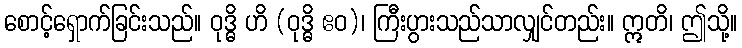
စောင့်ရှောက်ခြင်းသည်။ ဝုဒ္ဓိ ဟိ (ဝုဒ္ဓိ ဧဝ)၊ ကြီးပွားသည်သာလျှင်တည်း။ ဣတိ၊ ဤသို့။